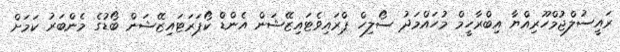
ރައީސުލްޖުމްހޫރިއްޔާ އިބްރާހީމް މުހައްމަދު ސޯލިހް ޕްރައިވެޓައިޒޭޝަން އެންޑް ކޯޕަރަޓައިޒޭޝަން ބޯޑުގެ މެންބަރު ކަމަށް